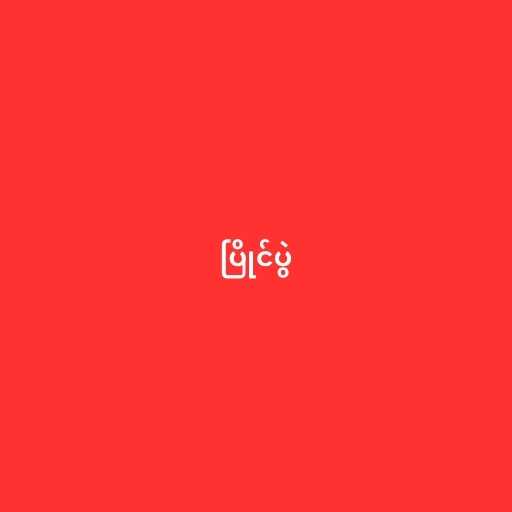
ပြိုင်ပွဲ